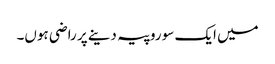
میں ایک سو روپیہ دینے پر راضی ہوں۔